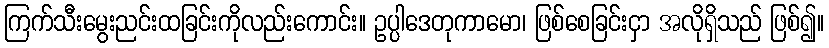
ကြက်သီးမွေးညင်းထခြင်းကိုလည်းကောင်း။ ဥပ္ပါဒေတုကာမော၊ ဖြစ်စေခြင်းငှာ အလိုရှိသည် ဖြစ်၍။